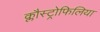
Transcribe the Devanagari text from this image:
क्लौस्ट्रोफिलिया